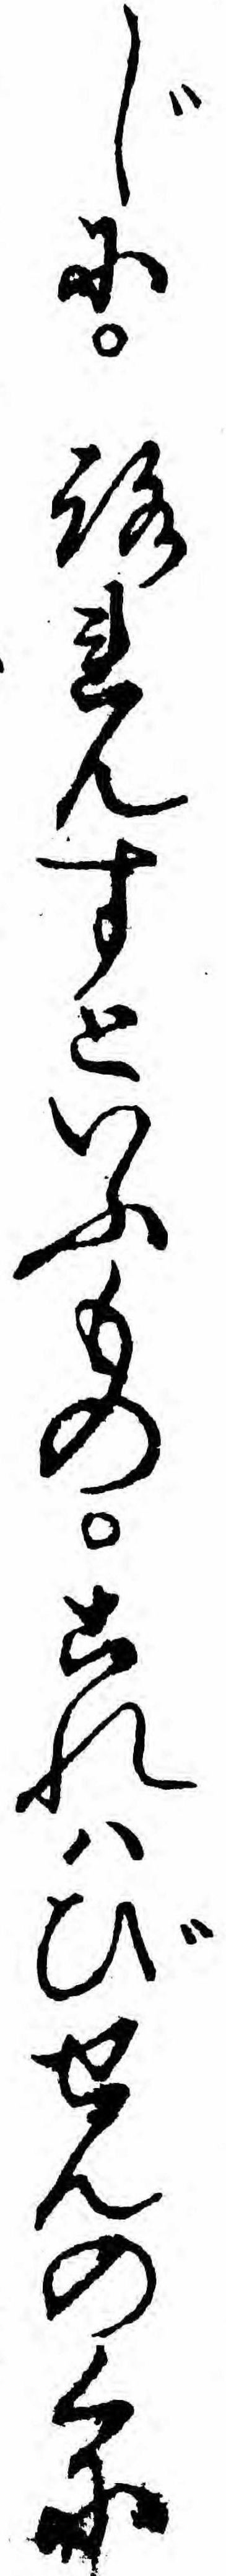
じにろれんすといふものこれハびせんのくに